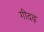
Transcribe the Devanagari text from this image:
गीदढ़